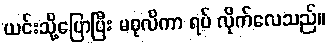
ယင်းသို့ပြောပြီး မဓုလိကာ ရပ် လိုက်လေသည်။